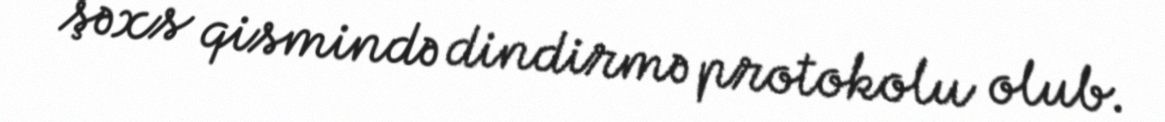
şəxs qismində dindirmə protokolu olub.